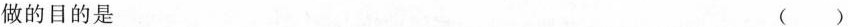
做的目的是 ( )